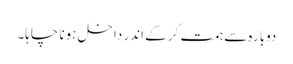
دوبارہ سے ہمت کر کے اندر داخل ہونا چاہا۔